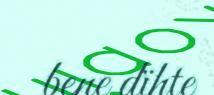
bene dïhte